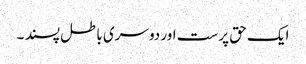
ایک حق پرست اور دوسری باطل پسند ۔